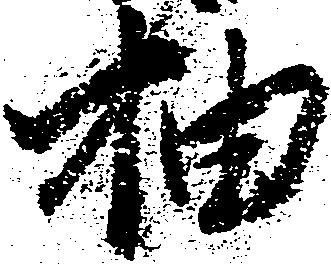
抽